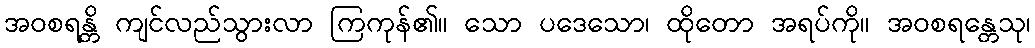
အဝစရန္တိ ကျင်လည်သွားလာ ကြကုန်၏။ သော ပဒေသော၊ ထိုတော အရပ်ကို။ အဝစရန္တေသု၊